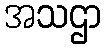
အသဌာ